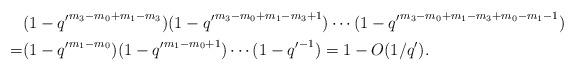
LaTeX: \begin{align*}& (1-{q'}^{m_3-m_0+m_1-m_3})(1-{q'}^{m_3-m_0+m_1-m_3+1})\cdots(1-{q'}^{m_3-m_0+m_1-m_3+ m_0-m_1-1}) \\=&(1-{q'}^{m_1-m_0})(1-{q'}^{m_1-m_0+1})\cdots(1-{q'}^{-1})=1-O(1/q').\end{align*}